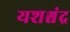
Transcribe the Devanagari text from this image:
यशश्चंद्र